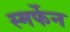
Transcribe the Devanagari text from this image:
स्मर्फेन